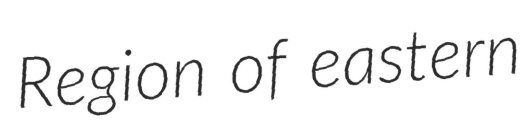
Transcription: Region of eastern